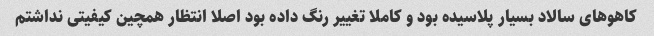
کاهوهای سالاد بسیار پلاسیده بود و کاملا تغییر رنگ داده بود اصلا انتظار همچین کیفیتی نداشتم